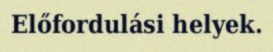
Előfordulási helyek.